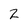
Character: 2